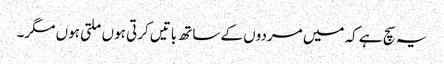
یہ سچ ہے کہ میں مردوں کے ساتھ باتیں کرتی ہوں ملتی ہوں مگر۔